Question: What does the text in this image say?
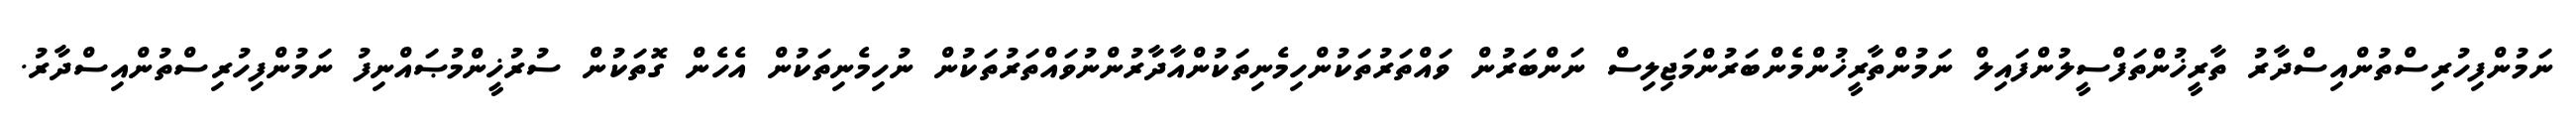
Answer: ނަމުންފިހުރިސްތުންއިސްދާރު ތާރީޚުންތަފްސީލުންފައިލް ނަމުންތާރީޚުންމެންބަރުންމަޖިލިސް ނަންބަރުން ވައްތަރުތަކުންހިމެނިތަކުންއާދާރުންނުވައްތަރުތަކުން ނުހިމެނިތަކުން އެހެން ގޮތަކުން ސުރުޚީންމުޞައްނިފު ނަމުންފިހުރިސްތުންއިސްދާރު.